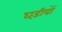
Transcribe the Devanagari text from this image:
घड़ीयों